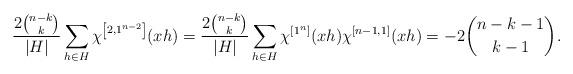
LaTeX: \begin{align*}\frac{2\binom{n-k}{k}}{|H|}\sum_{h\in H} \chi^{\left[2,1^{n-2}\right]}(xh) = \frac{2\binom{n-k}{k}}{|H|} \sum_{h\in H} \chi^{[1^n]}(xh) \chi^{[n-1,1]}(xh) = -2\binom{n-k-1}{k-1}.\end{align*}